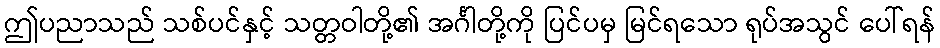
ဤပညာသည် သစ်ပင်နှင့် သတ္တဝါတို့၏ အင်္ဂါတို့ကို ပြင်ပမှ မြင်ရသော ရုပ်အသွင် ပေါ်ရန်